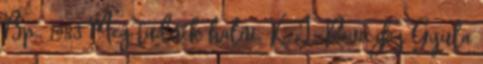
Bp., 1983 Meg tudnék halni. K. J., Reviczky Gyula